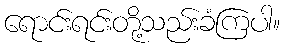
ရောင်းရင်းတို့သည်းခံကြပါ။